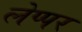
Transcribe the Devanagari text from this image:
लेप्पर